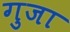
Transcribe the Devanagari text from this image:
गुजा